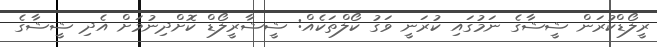
ރީލޯޑްކުރަން ޝީޝާގެ ނަމުގައި ކުރަނީ ވަގު ކޯލްތަކެއް: ޝީޝާރީލޯޑް ކޮށްދިނުމަށް އެދި ޝީޝާގެ